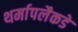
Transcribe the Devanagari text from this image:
थर्मापलैकडे